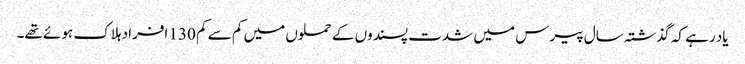
یاد رہے کہ گذشتہ سال پیرس میں شدت پسندوں کے حملوں میں کم سے کم 130 افراد ہلاک ہوئے تھے۔